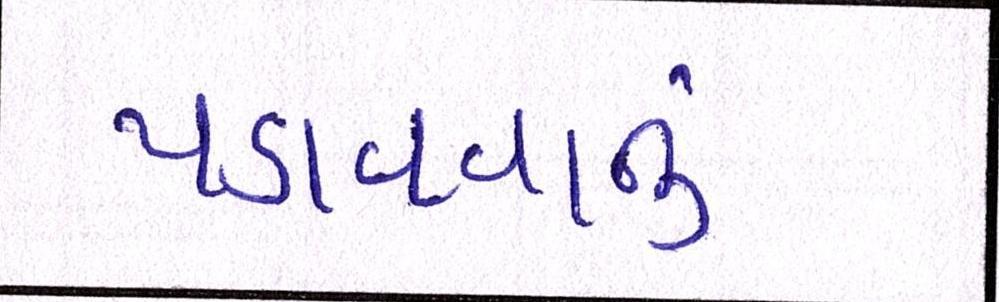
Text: પડાવવાનું